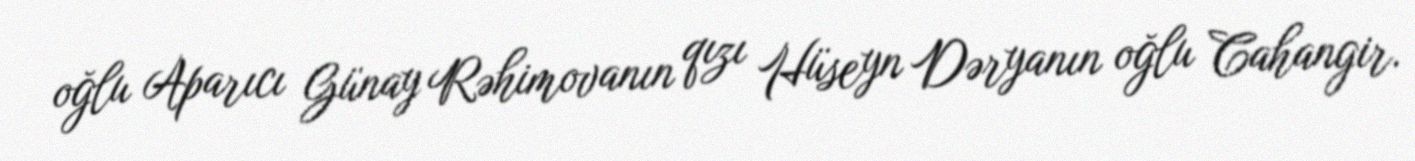
oğlu Aparıcı Günay Rəhimovanın qızı Hüseyn Dəryanın oğlu Cahangir.